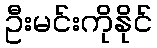
ဦးမင်းကိုနိုင်